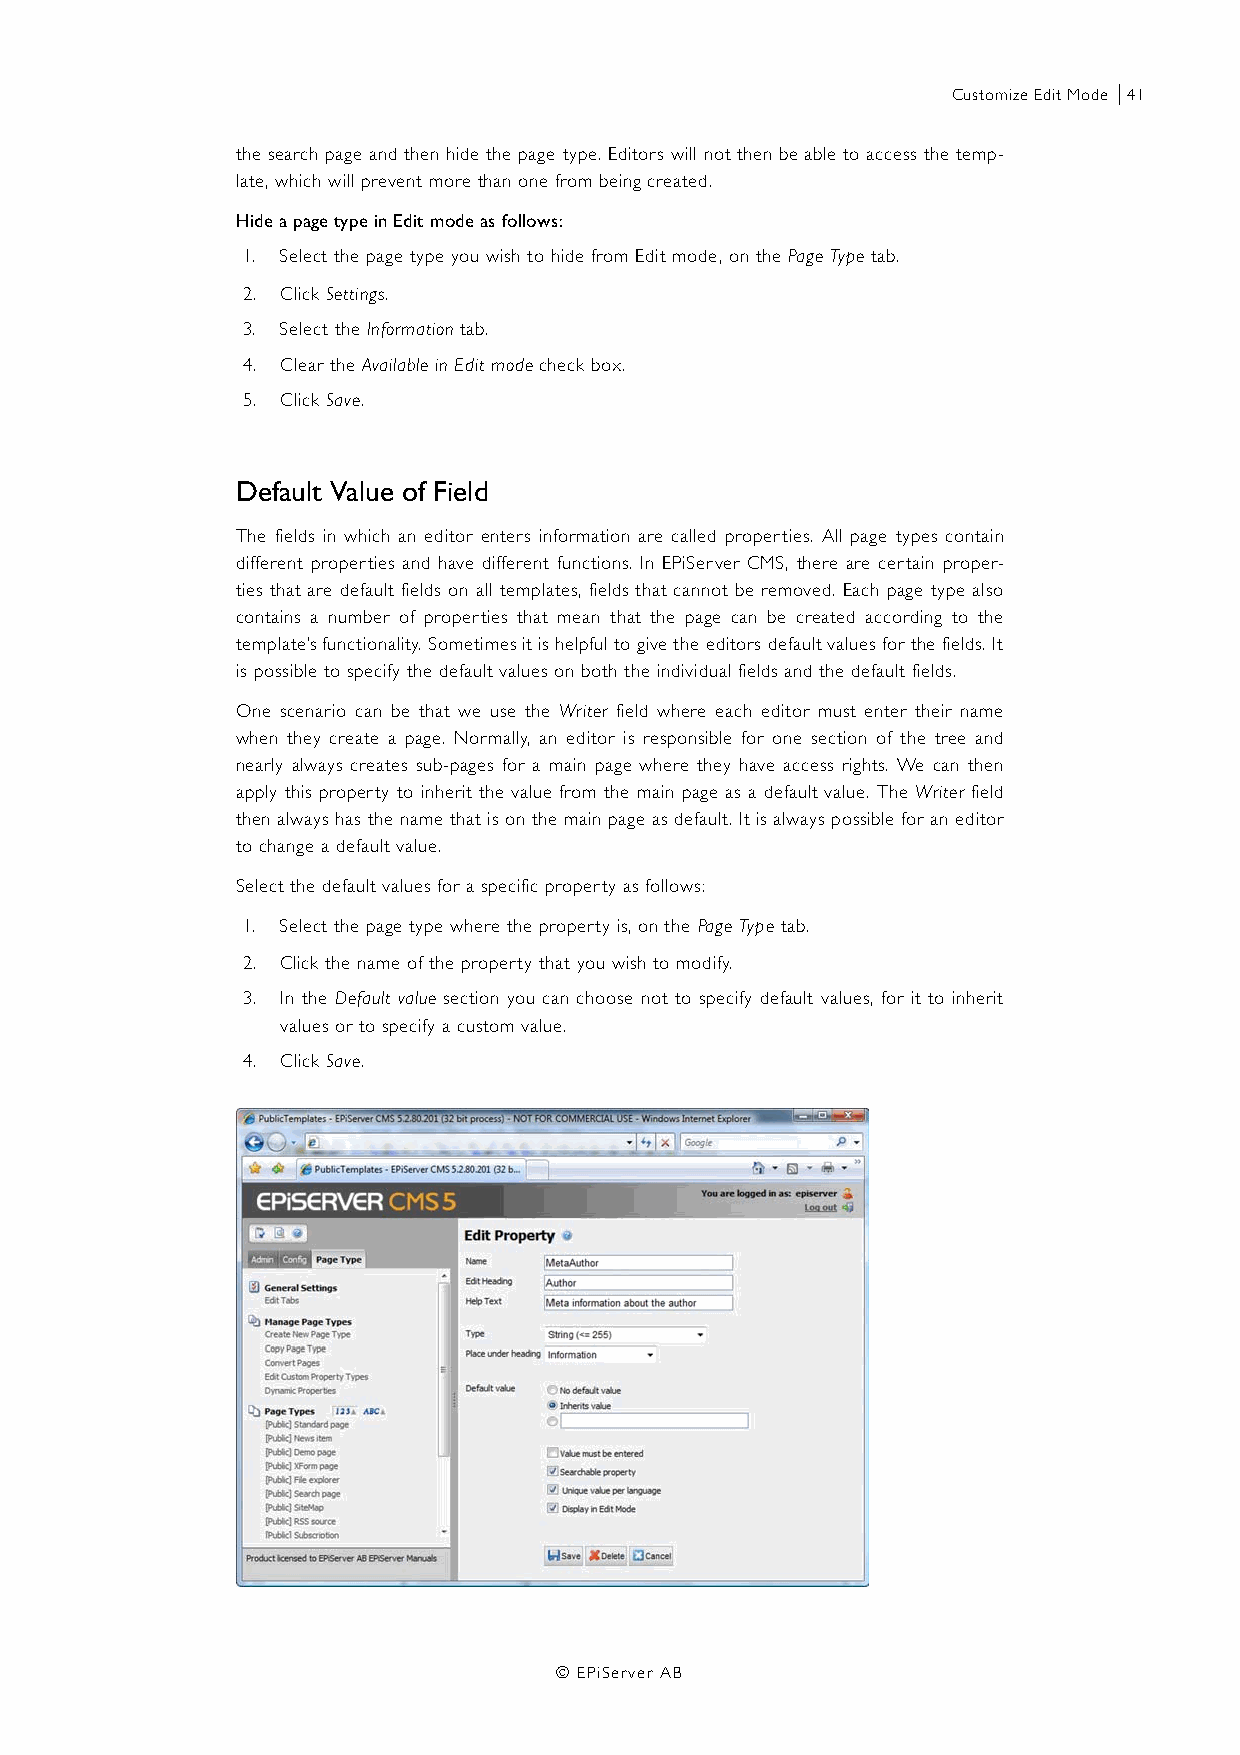
Customize Edit Mode |41
 the search page and then hide the page type. Editors will not then be able to access the temp-
 late, which will prevent more than one from being created.
 Hide a page type in Edit mode as follows:
 1. Select the page type you wish to hide from Edit mode, on the Page Type tab.
 2. Click Settings.
 3. Select the Information tab.
 4. Clear the Available in Edit mode check box.
 5. Click Save.
 Default Value of Field
 The fields in which an editor enters information are called properties. All page types contain
 different properties and have different functions. In EPiServer CMS, there are certain proper-
 ties that are default fields on all templates, fields that cannot be removed. Each page type also
 contains a number of properties that mean that the page can be created according to the
 template’s functionality. Sometimes it is helpful to give the editors default values for the fields. It
 is possible to specify the default values on both the individual fields and the default fields.
 One scenario can be that we use the Writer field where each editor must enter their name
 when they create a page. Normally, an editor is responsible for one section of the tree and
 nearly always creates sub-pages for a main page where they have access rights. We can then
 apply this property to inherit the value from the main page as a default value. The Writer field
 then always has the name that is on the main page as default. It is always possible for an editor
 to change a default value.
 Select the default values for a specific property as follows:
 1. Select the page type where the property is, on the Page Type tab.
 2. Click the name of the property that you wish to modify.
 3. In the Default value section you can choose not to specify default values, for it to inherit
 values or to specify a custom value.
 4. Click Save.
 © EPiServer AB